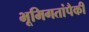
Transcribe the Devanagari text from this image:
भूमिगतांपैकी